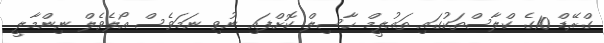
ގްރޭޑް 10ގެ ކްލާސްތަކުގައި ތައުލީމް ހާސިލް ކޮށްފައި ނުވި ނަމަވެސް އޯލެވެލް ނިންމާލީ